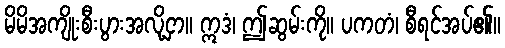
မိမိအကျိုးစီးပွားအလို့ငှာ။ ဣဒံ၊ ဤဆွမ်းကို။ ပကတံ၊ စီရင်အပ်၏။